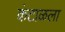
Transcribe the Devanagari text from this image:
कंटाळला